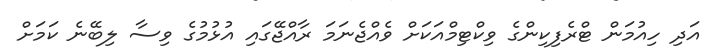
އަދި ހިއުމަން ޓްރެފިކިންގެ ވިކްޓިމްއަކަށް ވެއްޖެނަމަ ރާއްޖޭގައި އުޅުމުގެ ވިސާ ލިބޭނެ ކަމަށް